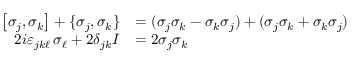
{ \begin{array} { r l } { \left[ \sigma _ { j } , \sigma _ { k } \right] + \{ \sigma _ { j } , \sigma _ { k } \} } & { = ( \sigma _ { j } \sigma _ { k } - \sigma _ { k } \sigma _ { j } ) + ( \sigma _ { j } \sigma _ { k } + \sigma _ { k } \sigma _ { j } ) } \\ { 2 i \varepsilon _ { j k \ell } \, \sigma _ { \ell } + 2 \delta _ { j k } I } & { = 2 \sigma _ { j } \sigma _ { k } } \end{array} }